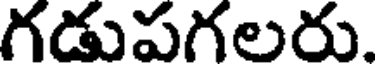
గడుపగలరు.